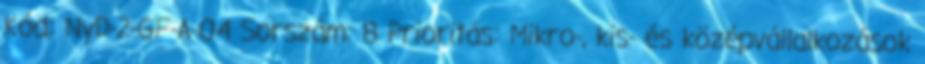
Kód: NyD-2-GF-A-04 Sorszám: 8 Prioritás: Mikro-, kis- és középvállalkozások